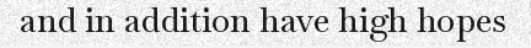
and in addition have high hopes